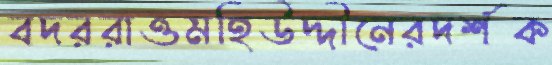
বদররাওমহিউদ্দীনেরদর্শক